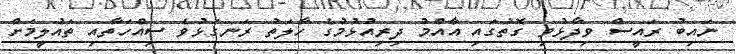
ނައިބު ރައީސް ވިދާޅުވި ގޮތުގައި އާއްމު ދިރިއުޅުމުގެ ހާލަތު ރަނގަޅުވެ ސިއްހަތާއި ތައުލީމަށް